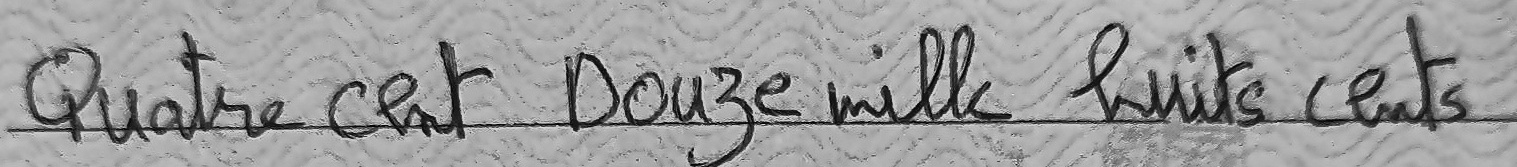
Quatre cent Douze mille huits cents